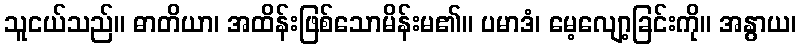
သူငယ်သည်။ ဓာတိယာ၊ အထိန်းဖြစ်သောမိန်းမ၏။ ပမာဒံ၊ မေ့လျော့ခြင်းကို။ အနွာယ၊